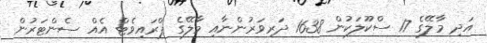
އަދި މާލޭގެ 17 ސްކޫލަކުން 1638 ދަރިވަރުންނާއި މާލޭގެ ޕްރައިވެޓް އެއް ސެންޓަރުން